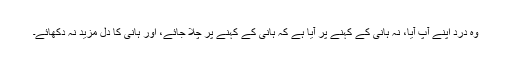
وہ درد اپنے آپ آیا، نہ ہانی کے کہنے پر آیا ہے کہ ہانی کے کہنے پر چلا جائے، اور ہانی کا دل مزید نہ دُکھائے۔